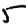
Digit: 5